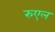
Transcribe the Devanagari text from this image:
रुएल